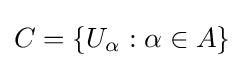
C=\lbrace U_{\alpha }:\alpha \in A\rbrace